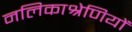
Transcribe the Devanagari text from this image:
नलिकाश्रेणियों